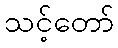
သင့်တော်